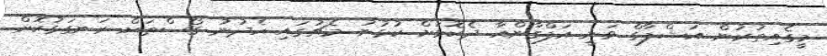
މީގެއިތުރުން އަޝްފާގް ވަނީ އަފްގާންއާ ދެކޮޅަށް ކުޅުނު މެޗުގައި ހެދުނު ގޯސްތަށް ރަނގަޅުކޮށް